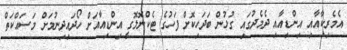
އެމެރިކާއާއި އިންޑިއާއި ދެމެދުގައި ގުޅުން ބަދަހިކޮށް ފަހުގެ ޓެކްނޮލޮގީ އިންޑިއާއަށް ހޯދައިދިނުމަށް މަސައްކަތް